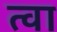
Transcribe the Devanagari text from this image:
त्‍वा